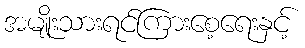
အမျိုးသားရင်ကြားစေ့ရေးနှင့်